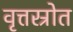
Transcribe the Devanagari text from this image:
वृत्तस्रोत